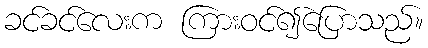
ခင်ခင်လေးက ကြားဝင်၍ပြောသည်။